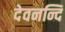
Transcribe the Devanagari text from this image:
देवनन्दि